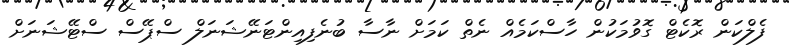
ފެލްކަން ރޮކެޓް ގޮވުމަކުން ހާސްކަމެއް ނެތް ކަމަށް ނާސާ ބުނެފިއިންޓަނޭޝަނަލް ސްޕޭސް ސްޓޭޝަނަށް